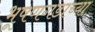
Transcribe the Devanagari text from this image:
भूषणगडाच्या